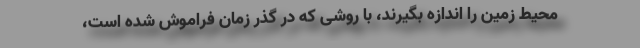
محیط زمین را اندازه بگیرند، با روشی که در گذر زمان فراموش شده است،